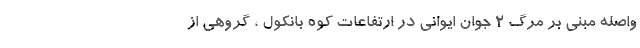
واصله مبنی بر مرگ ۲ جوان ایوانی در ارتفاعات کوه بانکول ، گروهی از